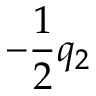
- \frac { 1 } { 2 } q _ { 2 }